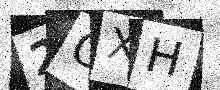
Text: 2OXH